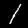
Digit: 1